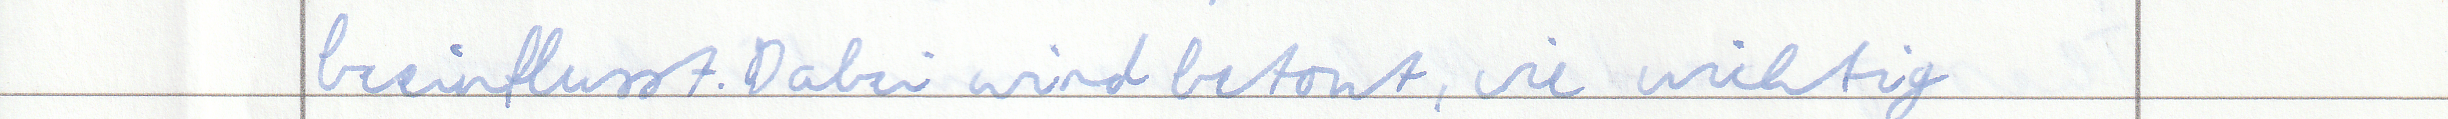
beeinflusst. Dabei wird betont, wie wichtig